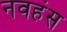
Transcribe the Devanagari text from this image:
नवहंस